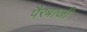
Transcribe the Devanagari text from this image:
पैरबाजी